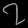
Digit: ၇